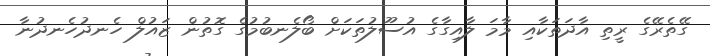
ގޭތެރޭގެ ރީތި އާދަތަކާއި މާމަ ލާއިގާގެ އުސޫލުތަކަށް ބޯލެނބުމުގެ ގޮތުން ޒައުލް ހެނދުހެނދުނާ